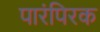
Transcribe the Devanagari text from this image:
पारंपिरक